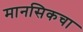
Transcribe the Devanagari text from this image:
मानसिकचा